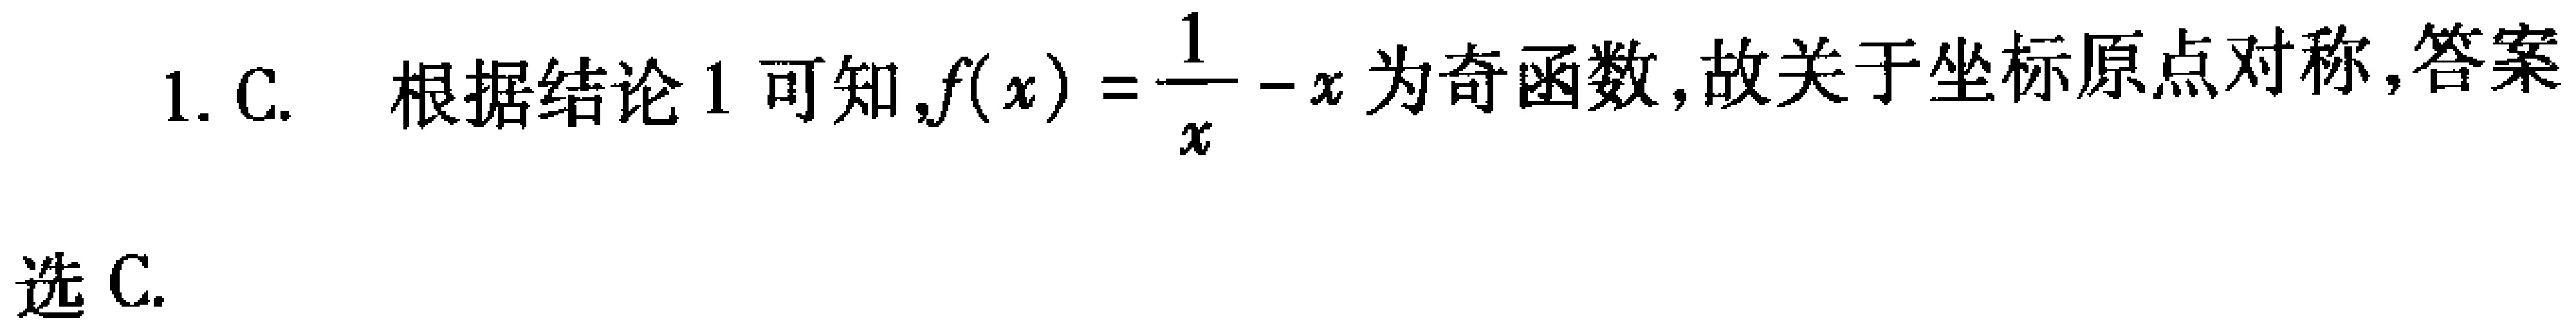
1. C. 根据结论 1 可知,$f(x)=\frac{1}{x}-x$ 为奇函数,故关于坐标原点对称,答案

选 C.